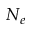
N _ { e }